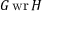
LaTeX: G \operatorname { w r } H